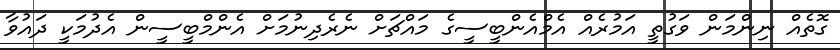
ގޮތެއް ނިންމަން ވަގުތީ އަމުރެއް އެމްއެންބީސީގެ މައްޗަށް ނެރެދިނުމަށް އެންމްބީސީން އެދުމަކީ ދައުވާ